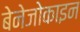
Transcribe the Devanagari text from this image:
बेनेजोकाइन